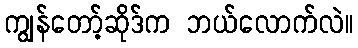
ကျွန်တော့်ဆိုဒ်က ဘယ်လောက်လဲ။